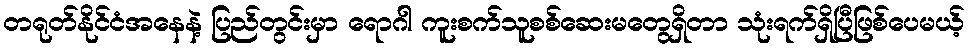
တရုတ်နိုင်ငံအနေနဲ့ ပြည်တွင်းမှာ ရောဂါ ကူးစက်သူစစ်ဆေးမတွေရှိတာ သုံးရက်ရှိပြီဖြစ်ပေမယ့်